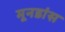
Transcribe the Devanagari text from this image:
मूनडांस